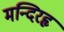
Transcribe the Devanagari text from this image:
मन्दिरहृ